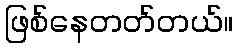
ဖြစ်နေတတ်တယ်။